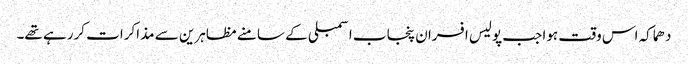
دھماکہ اس وقت ہوا جب پولیس افسران پنجاب اسمبلی کے سامنے مظاہرین سے مذاکرات کررہے تھے۔